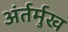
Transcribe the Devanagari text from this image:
अंर्तर्मुख